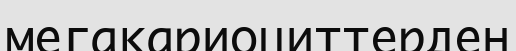
мегакариоциттерден